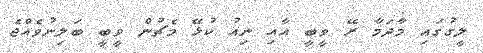
ލީގުގައި މާދަމާ ރޭ ވީބީ އާއި ނިއު ކުޅޭ މެޗުން ވީބީ ބަލިނުވެއްޖެ